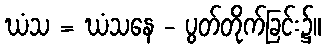
ဃံသ = ဃံသနေ - ပွတ်တိုက်ခြင်း၌။